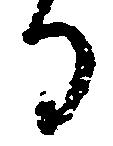
る